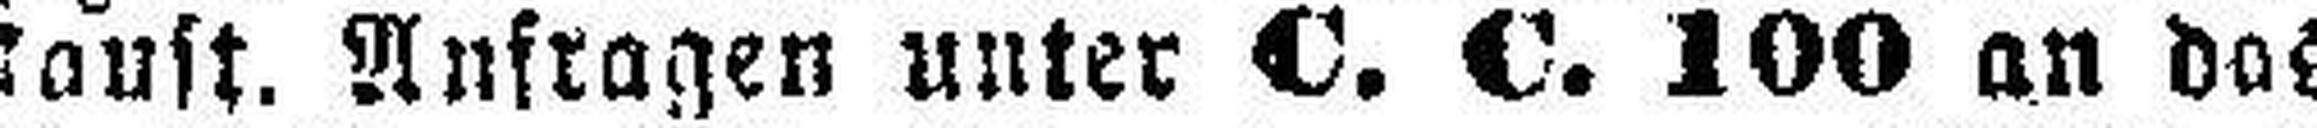
lauft. Anfragen unter C. C. 100 an das